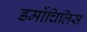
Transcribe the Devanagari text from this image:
डर्मोचिलिस